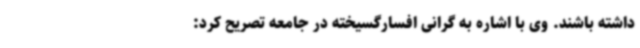
داشته باشند. وی با اشاره به گرانی افسارگسیخته در جامعه تصریح کرد: